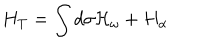
H _ { T } = \int d { \sigma } { \cal H } _ { \omega } + H _ { \alpha }